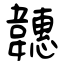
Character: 韢